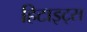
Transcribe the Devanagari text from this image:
हिटाइट्स